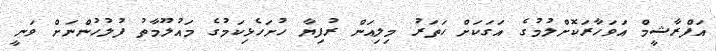
އަފްރާޝީމް އަވަހާރަކޮށްލުމުގެ އަގަކަށް ހަތަރު މިލިއަން ރުފިޔާ ހުށަހެޅިކަމުގެ މައުލޫމާތު ފުލުހުންނަށް ވަނީ